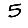
Digit: 5